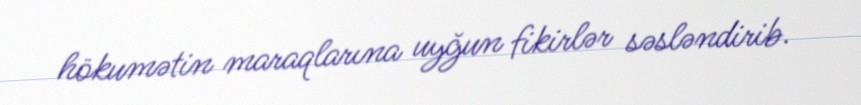
hökumətin maraqlarına uyğun fikirlər səsləndirib.